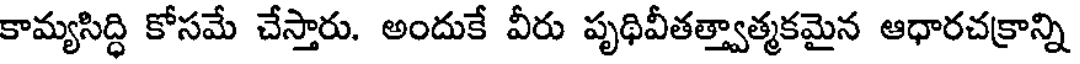
కామ్యసిద్ధి కోసమే చేస్తారు. అందుకే వీరు పృథివీతత్త్వాత్మకమైన ఆధారచక్రాన్ని